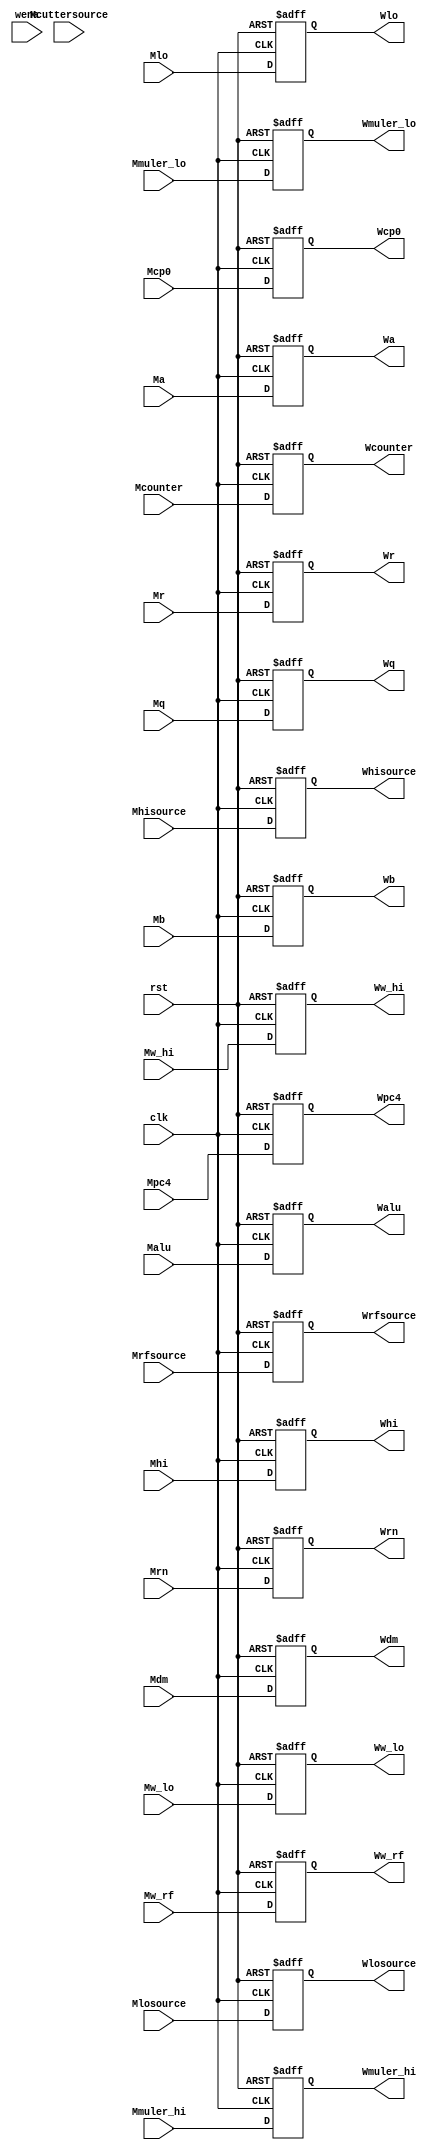
`timescale 1ns / 1ps
//////////////////////////////////////////////////////////////////////////////////
// Module Name: pipeMWreg
// Project Name: my_static_pipeline_CPU
// Description: MEM  WB 
// Dependencies: 
// Revision:0.1 File Created
//////////////////////////////////////////////////////////////////////////////////


module PipeMWreg(
	input Mw_hi					,
	input Mw_lo					,
	input Mw_rf					,
	input clk					,
	input rst					,
	input wena					,
	input [31:0] Mhi			,
	input [ 1:0] Mhisource		,
	input [31:0] Mlo			,
	input [ 1:0] Mlosource		,
	input [31:0] Mmuler_hi		,
	input [31:0] Mmuler_lo		,
	input [31:0] Mpc4			,
	input [31:0] Malu			,
	input [31:0] Ma				,
	input [31:0] Mb				,
	input [31:0] Mcounter		,
	input [31:0] Mcp0			,
	input [ 1:0] Mcuttersource	,
	input [31:0] Mdm			,
	input [31:0] Mq				,
	input [31:0] Mr				,
	input [ 2:0] Mrfsource		,
	input [ 4:0] Mrn			,
	output reg Ww_hi			,
	output reg Ww_lo			,
	output reg Ww_rf			,
	output reg [31:0] Wdm 		,
	output reg [31:0] Whi 		,
	output reg [ 1:0] Whisource	,
	output reg [31:0] Wlo 		,
	output reg [ 1:0] Wlosource	,
	output reg [31:0] Wmuler_hi	,
	output reg [31:0] Wmuler_lo	,
	output reg [31:0] Wr		,
	output reg [ 2:0] Wrfsource	,
	output reg [ 4:0] Wrn		,
	output reg [31:0] Walu     	,
	output reg [31:0] Wa       	,
	output reg [31:0] Wb 		,
	output reg [31:0] Wcounter 	,
	output reg [31:0] Wcp0 		,
	output reg [31:0] Wpc4		,
	output reg [31:0] Wq		
	);     
	always@(posedge rst or posedge clk)
	begin
		if(rst==1)
		begin
			Wlosource	<= 0;
			Wmuler_hi	<= 0;
			Wmuler_lo	<= 0;
			Wpc4		<= 0;
			Wq			<= 0;
			Wr			<= 0;
			Walu     	<= 0;
			Wa       	<= 0;
			Wb 			<= 0;
			Wcounter 	<= 0;
			Wcp0 		<= 0;
			Wdm 		<= 0;
			Whi 		<= 0;
			Whisource	<= 0;
			Wlo 		<= 0;
			Wrfsource	<= 0;
			Wrn			<= 0;
			Ww_hi		<= 0;
			Ww_lo		<= 0;
			Ww_rf		<= 0;	
		end
		else
		begin
			Walu     	<= Malu			;
			Wa       	<= Ma			;
			Wb 			<= Mb			;
			Wcounter 	<= Mcounter		;
			Wcp0 		<= Mcp0			;
			Wdm 		<= Mdm			;
			Whi 		<= Mhi			;
			Whisource	<= Mhisource	;
			Wlo 		<= Mlo			;
			Wlosource	<= Mlosource	;
			Wmuler_hi	<= Mmuler_hi	;
			Wmuler_lo	<= Mmuler_lo	;
			Wpc4		<= Mpc4			;
			Wq			<= Mq			;
			Wr			<= Mr			;
			Wrfsource	<= Mrfsource	;
			Wrn			<= Mrn			;
			Ww_hi		<= Mw_hi	    ;
			Ww_lo		<= Mw_lo		;
			Ww_rf		<= Mw_rf	    ;
		end                
	end
endmodule